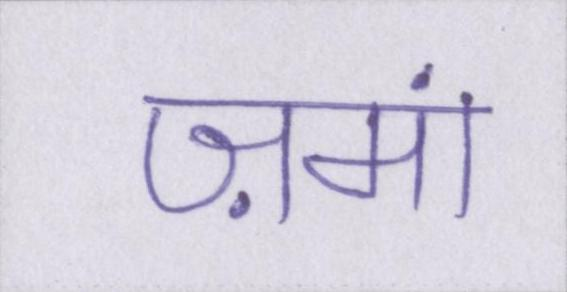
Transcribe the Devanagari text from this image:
ज़मां